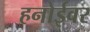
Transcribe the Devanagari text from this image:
हनोईवर